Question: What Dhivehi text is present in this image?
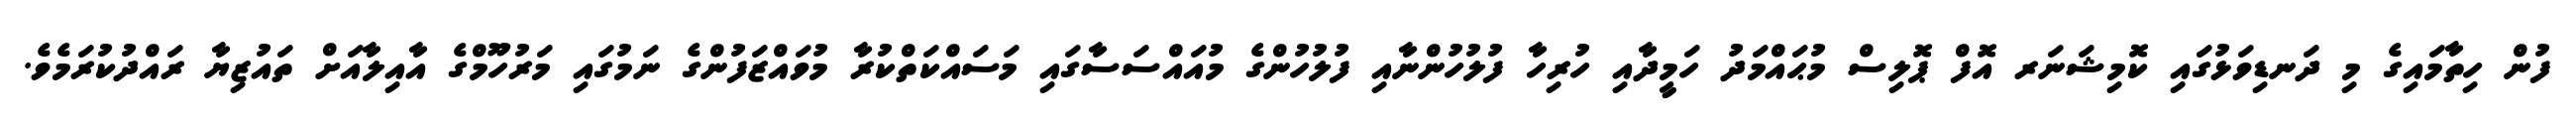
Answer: ފުން ހިތާމައިގެ މި ދަނޑިވަޅުގައި ކޮމިޝަނަރ އޮފް ޕޮލިސް މުޙައްމަދު ހަމީދާއި ހުރިހާ ފުލުހުންނާއި ފުލުހުންގެ މުއައްސަސާގައި މަސައްކަތްކުރާ މުވައްޒަފުންގެ ނަމުގައި މަރުހޫމްގެ އާއިލާއަށް ތައުޒިޔާ ރައްދުކުރަމެވެ.